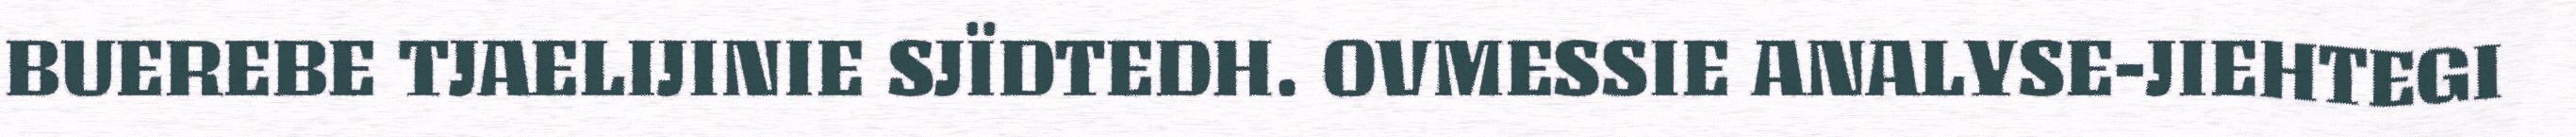
BUEREBE TJAELIJINIE SJÏDTEDH. OVMESSIE ANALYSE-JIEHTEGI